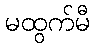
မထွက်မီ